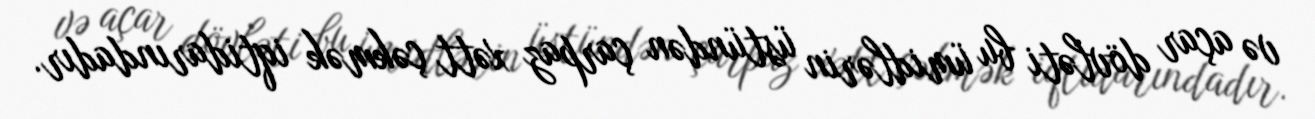
və açar dövləti bu ümidlərin üstündən çarpaz xətt çəkmək iqtidarındadır.